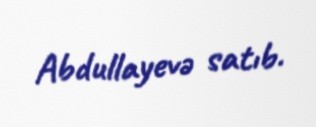
Abdullayevə satıb.